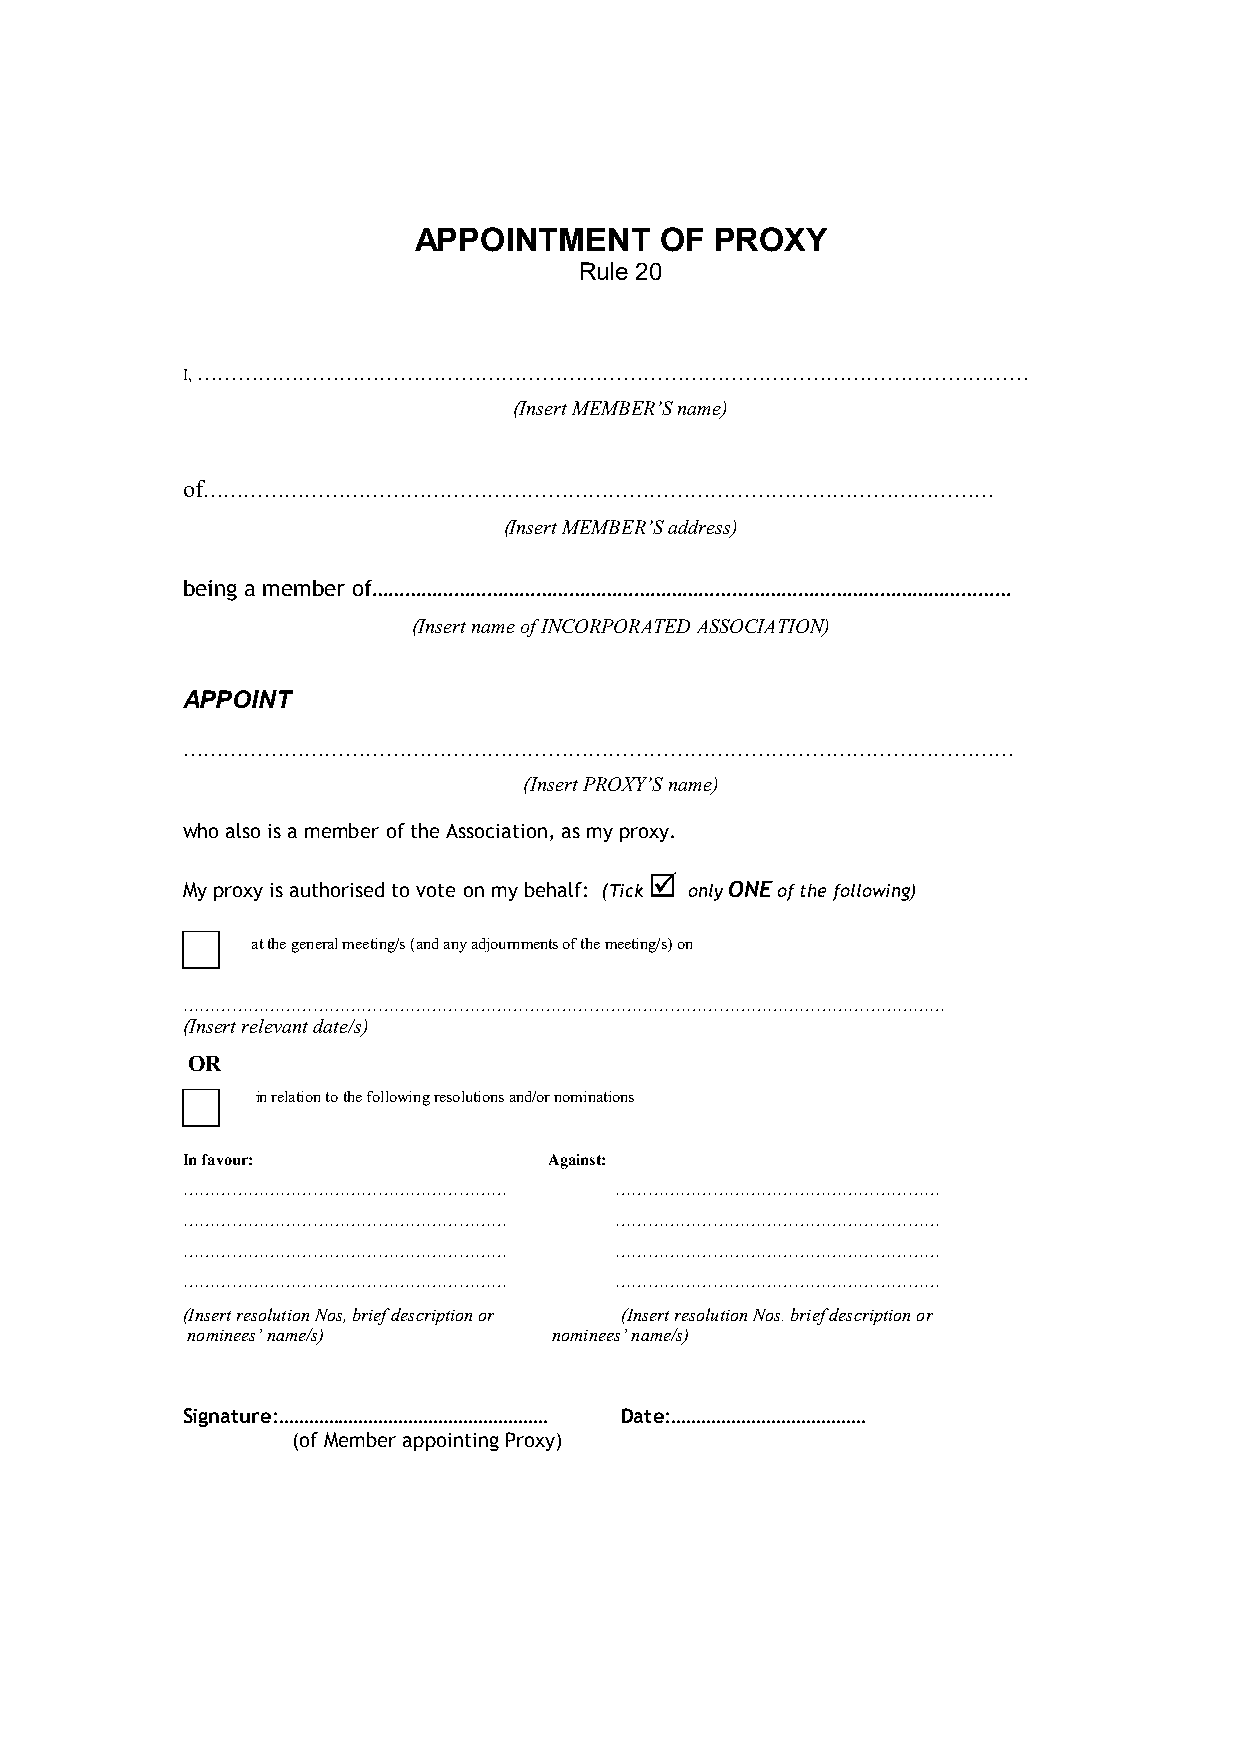
APPOINTMENT      OF PROXY
 Rule 20
 I, ……………………………………………………………………………………………………………
 (Insert MEMBER’S name)
 of………………………………………………………………………………………………………
 (Insert MEMBER’S address)
 being a member of………………………………………………………………………………………………………
 (Insert name of INCORPORATED ASSOCIATION)
 APPOINT
 ……………………………………………………………………………………………………………
 (Insert PROXY’S name)
 who also is a member of the Association, as my proxy.
 
 My proxy is authorised to vote on my behalf: (Tick only ONE of the following)
 at the general meeting/s (and any adjournments of the meeting/s) on
 ……………………………………………………………………………………………………………………………
 (Insert relevant date/s)
 OR
 in relation to the following resolutions and/or nominations
 In favour:              Against:
 ……………………………………………………         ……………………………………………………
 ……………………………………………………         ……………………………………………………
 ……………………………………………………         ……………………………………………………
 ……………………………………………………         ……………………………………………………
 (Insert resolution Nos, brief description or (Insert resolution Nos. brief description or
 nominees’ name/s)        nominees’ name/s)
 Signature:……………………………………………… Date:…………………………………
 (of Member appointing Proxy)